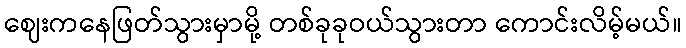
ဈေးကနေဖြတ်သွားမှာမို့ တစ်ခုခုဝယ်သွားတာ ကောင်းလိမ့်မယ်။